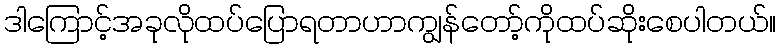
ဒါကြောင့်အခုလိုထပ်ပြောရတာဟာကျွန်တော့်ကိုထပ်ဆိုးစေပါတယ်။